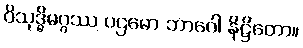
ဝိသုဒ္ဓိမဂ္ဂဿ ပဌမော ဘာဂေါ နိဋ္ဌိတော။